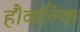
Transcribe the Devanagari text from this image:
हैं।कल्कि